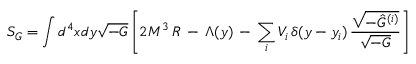
{ \cal S } _ { G } = \int d ^ { 4 } x d y \sqrt { - G } \left[ 2 M ^ { 3 } \, R \, - \, \Lambda ( y ) \, - \, \sum _ { i } V _ { i } \, \delta ( y - y _ { i } ) \, \frac { \sqrt { - \hat { G } ^ { ( i ) } } } { \sqrt { - G } } \right]